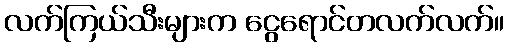
လက်ကြယ်သီးများက ငွေရောင်တလက်လက်။